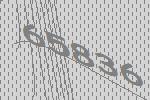
65836